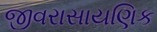
જીવરાસાયણિક